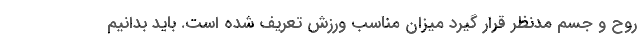
روح و جسم مدنظر قرار گیرد میزان مناسب ورزش تعریف شده است. باید بدانیم